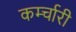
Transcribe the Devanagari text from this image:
कर्म्चारी